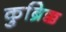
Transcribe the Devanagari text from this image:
कुब्रिक्क